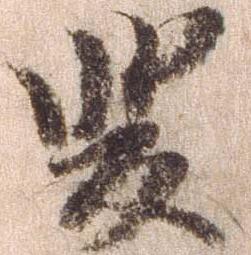
斐